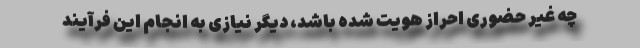
چه غیر حضوری احراز هویت شده باشد، دیگر نیازی به انجام این فرآیند